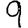
Digit: 9